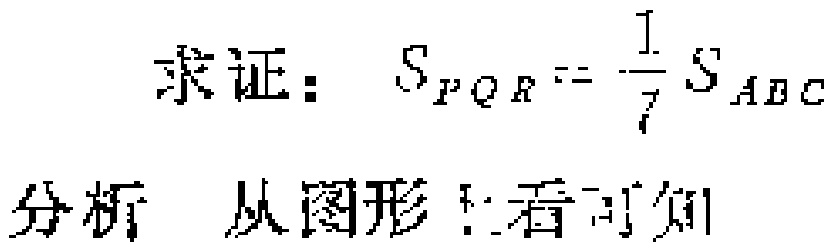
求证： \(S_{PQR}=\frac{1}{7}S_{ABC}\)
分析 从图形上看可知